Report on the cultivation and use of ganja
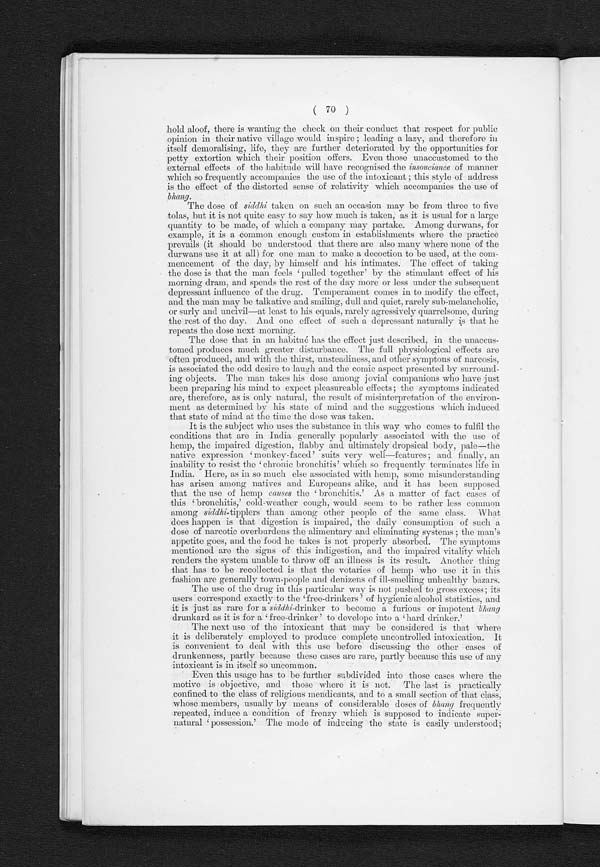
( 70 )
hold aloof, there is wanting the check on their conduct that respect for public
opinion in their native village would inspire ; leading a lazy, and therefore in
itself demoralising, life, they are further deteriorated by the opportunities for
petty extortion which their position offers. Even those unaccustomed to the
external effects of the habitude will have recognised the insouciance of manner
which so frequently accompanies the use of the intoxicant ; this style of address
is the effect of the distorted sense of relativity which accompanies the use of
bhang.
The dose of siddhi taken on such an occasion may be from three to five
tolas, but it is not quite easy to say how much is taken, as it is usual for a large
quantity to be made, of which a company may partake. Among durwans, for
example, it is a common enough custom in establishments where the practice
prevails (it should be understood that there are also many where none of the
durwans use it at all) for one man to make a decoction to be used, at the com-
mencement of the day, by himself and his intimates. The effect of taking
the dose is that the man feels 'pulled together' by the stimulant effect of his
morning dram, and spends the rest of the day more or less under the subsequent
depressant influence of the drug. Temperament comes in to modify the effect,
and the man may be talkative and smiling, dull and quiet, rarely sub-melancholic,
or surly and uncivil—at least to his equals, rarely agressively quarrelsome, during
the rest of the day. And one effect of such a depressant naturally is that he
repeats the dose next morning.
The dose that in an habitué has the effect just described, in the unaccus-
tomed produces much greater disturbance. The full physiological effects are
often produced, and with the thirst, unsteadiness, and other symptons of narcosis,
is associated the odd desire to laugh and the comic aspect presented by surround-
ing objects. The man takes his dose among jovial companions who have just
been preparing his mind to expect pleasureable effects; the symptoms indicated
are, therefore, as is only natural, the result of misinterpretation of the environ-
ment as determined by his state of mind and the suggestions which induced
that state of mind at the time the dose was taken.
It is the subject who uses the substance in this way who comes to fulfil the
conditions that are in India generally popularly associated with the use of
h e m p , t h e i m p a i r e d d i g e s t i o n , f l a b b y a n d u l t i m a t e l y d r o p s i c a l b o d y , p a l e — t h e
nat i ve expr essi on ' monkey- f aced' sui t s ver y wel l —f eat ur es ; and f i nal l y, an
i nabi l i t y t o resi st t he ‘chroni c bronchi t i s' whi ch so frequent l y t ermi nat es l i fe i n
India. Here, as in so much else associated with hemp, some misunderstanding
has arisen among natives and Europeans alike, and it has been supposed
that the use of hemp causes t h e ‘ b r o n c h i t i s . ' A s a ma t t e r o f f a c t c a s e s o f
t h i s ‘ b r o n c h i t i s , ' c o l d - w e a t h e r c o u g h , w o u l d s e e m t o b e r a t h e r l e s s c o m m o n
among siddhi-tipplers than among, other people of the same class. What
does happen is that digestion is impaired, the daily consumption of such a
dose of narcotic overburdens the alimentary and climinating system ;
t h e m a n ’ s
a p p e t i t e g o e s , a n d t h e f o o d h e t a k e s i s n o t p r o p e r l y a b s o r b e d . T h e s y m p t o m s
mentioned are the signs of this indigestion, and the impaired vitality which
renders the system unable to throw off an illness is its result. Another thing
that has to be recollected is that the votaries of hemp who use it in this
fashion are generally town-people and denizens of ill-smelling unhealthy bazars.
T h e u s e o f t h e d r u g i n t h i s p a r t i c u l a r w a y i s n o t p u s h e d t o g r o s s e x c e s s ; i t s u s e r s c o r r e s p o n d e x a c t l y t o t h e ‘ f r e e - d r i n k e r s ' o f h y g i e n i c a l c o h o l s t a t i s t i c s , a n d
it is just as rare for a siddhi -drinker to become a furious or impotent bhang
drunkard as i t i s for a ‘ free-dri nker ' to devel ope i nto a ' hard dri nker. '
The next use of the intoxicant that may be considered is that where
it is deliberately employed to produce complete uncontrolled intoxication. It
is convenient to deal with
this use before discussing the other cases of
drunkenness, partly because these cases are rare, partly because this use of any
intoxicant is in itself so uncommon.
Even this usage has to be further subdivided into those cases where the
motive is objective, and those where it is not. The last is practically
confined to the class of religious mendicants, and to a small section of that class,
whose members, usually by means of considerable doses of bhang frequently
repeated, induce a condition of frenzy which is supposed to indicate super-
natural 'possession.' The mode of inducing the state is easily understood;